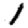
Digit: 1